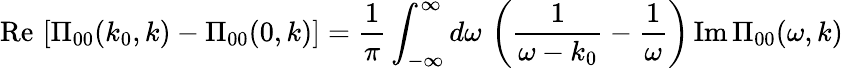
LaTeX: \mathrm{Re}\, \left[\Pi_{00}(k_{0},k)-\Pi_{00}(0,k)\right]={\frac{1}{\pi}}\int_{-\infty}^{\infty}d\omega\, \left({\frac{1}{\omega-k_{0}}}-{\frac{1}{\omega}}\right)\, \mathrm{Im}\, \Pi_{00}(\omega,k)